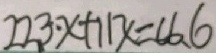
2 2 3 \cdot x + 1 1 x = 6 6 . 6